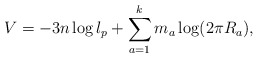
\begin{align*}V = -3n \log l_p + \sum_{a=1}^{k} m_a \log (2\pi R_a),\end{align*}